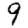
Digit: 9